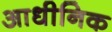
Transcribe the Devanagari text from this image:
आधीनिक